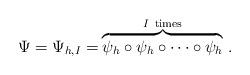
LaTeX: \begin{align*}\Psi =\Psi_{h, I}=\: \stackrel{I \ {\rm times}}{\overbrace{\psi_{h}\circ \psi_{h}\circ \cdots \circ \psi_{h}}}.\end{align*}